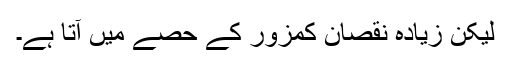
لیکن زیادہ نقصان کمزور کے حصے میں آتا ہے۔